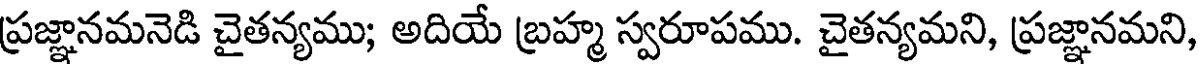
ప్రజ్ఞానమనెడి చైతన్యము; అదియే బ్రహ్మ స్వరూపము. చైతన్యమని, ప్రజ్ఞానమని,